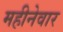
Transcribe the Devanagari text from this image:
महीनेवार